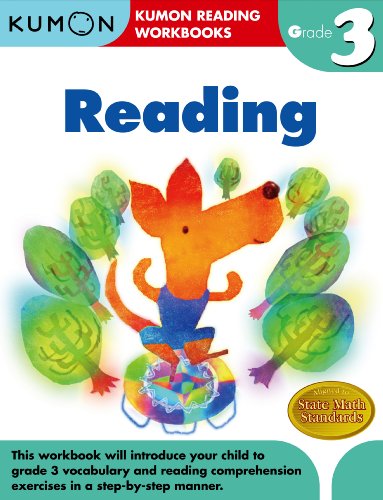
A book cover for Grade 3 Reading (Kumon Reading Workbooks); Kumon Publishing; Test Preparation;